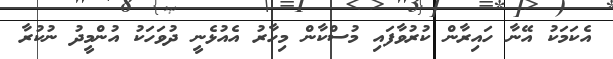
އެކަމަކު އޭނާ ހައިރާން ކުރުވާފައި މުސްކާން މިހާރު އެއުޅެނީ ދުވަހަކު އުންމީދު ނުކުރާ